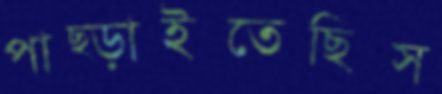
পাছ্‌ড়াইতেছিস